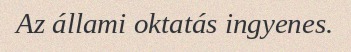
Az állami oktatás ingyenes.